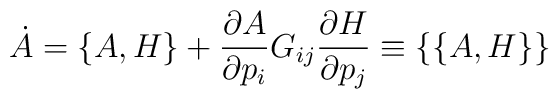
\dot A=\{A,H\}+{\partial A\over\partial p_i}G_{ij}{\partial H\over\partial p_j}\equiv\{\{A,H\}\}